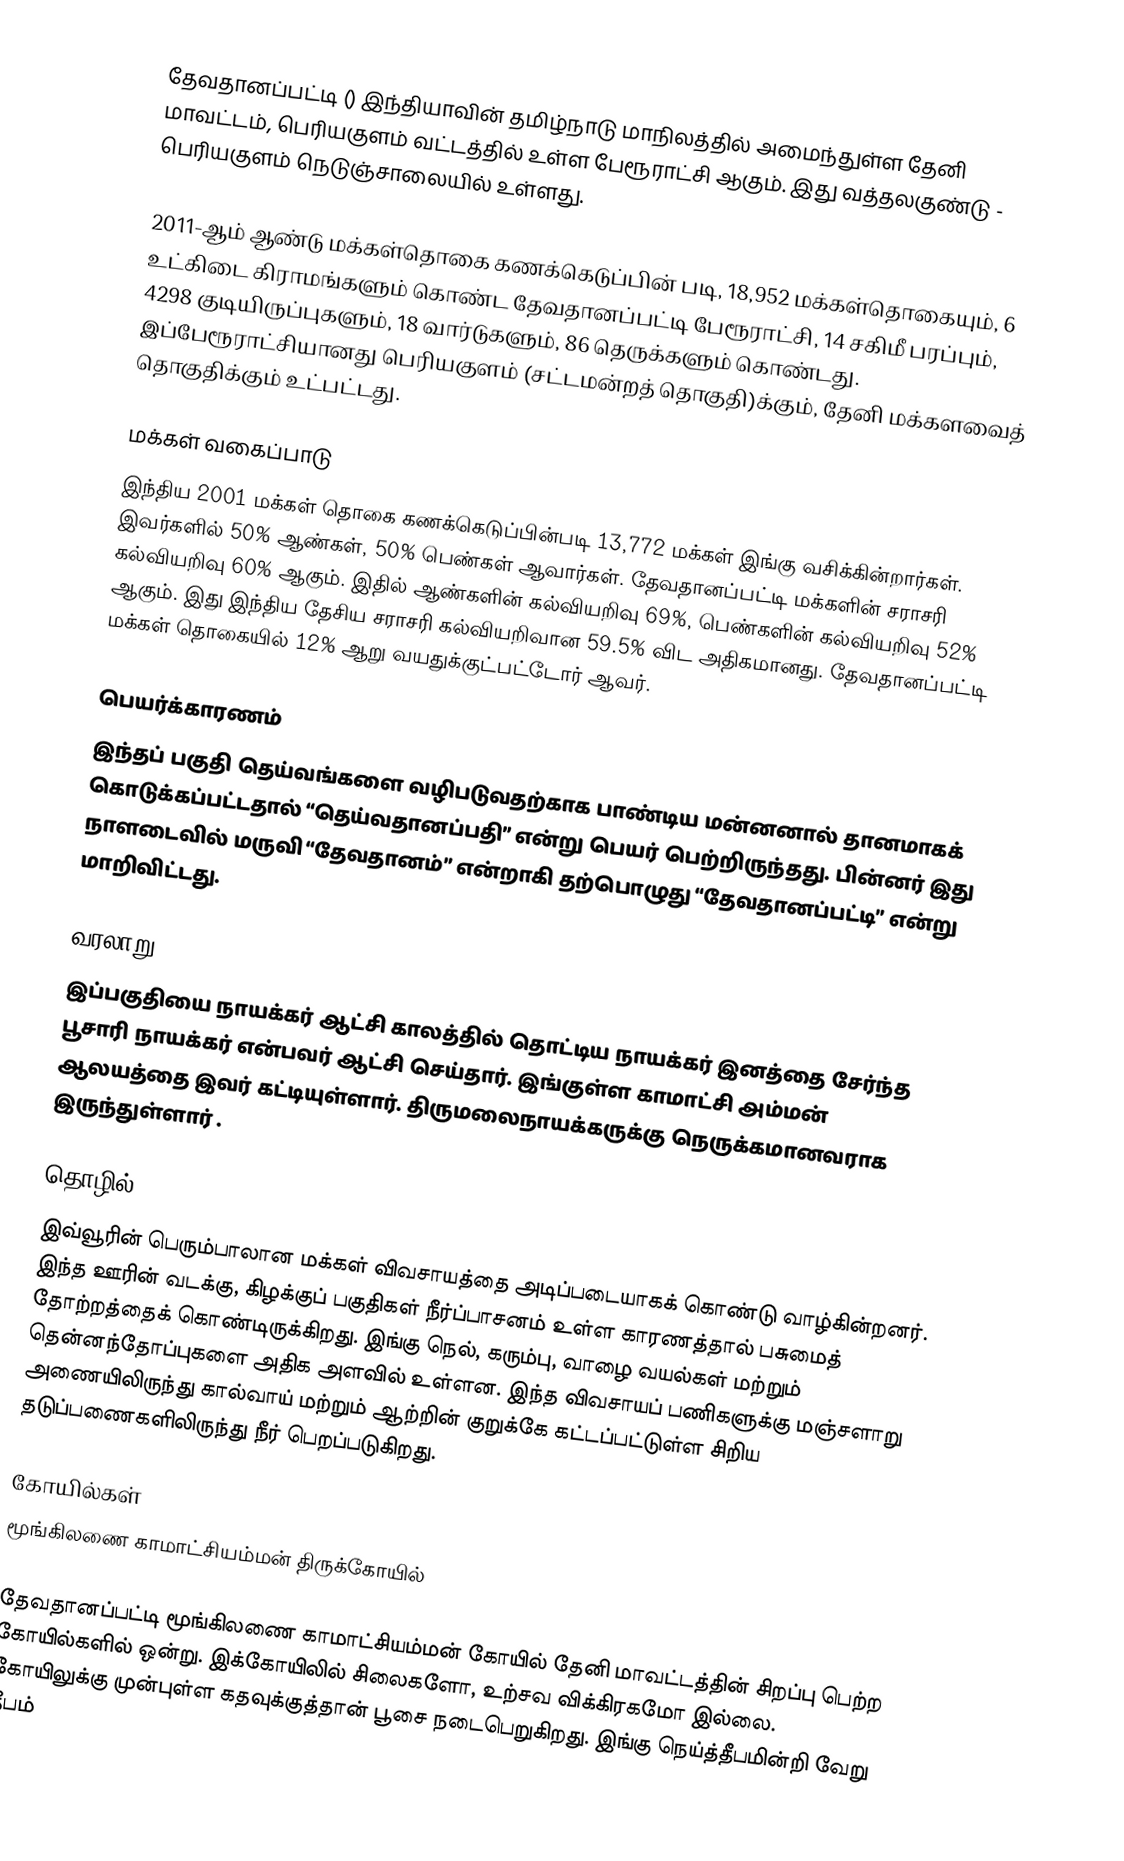
தேவதானப்பட்டி () இந்தியாவின் தமிழ்நாடு மாநிலத்தில் அமைந்துள்ள தேனி மாவட்டம், பெரியகுளம் வட்டத்தில் உள்ள பேரூராட்சி ஆகும். இது வத்தலகுண்டு - பெரியகுளம் நெடுஞ்சாலையில் உள்ளது.

2011-ஆம் ஆண்டு மக்கள்தொகை கணக்கெடுப்பின் படி, 18,952 மக்கள்தொகையும், 6 உட்கிடை கிராமங்களும் கொண்ட தேவதானப்பட்டி பேரூராட்சி, 14 சகிமீ பரப்பும், 4298 குடியிருப்புகளும், 18 வார்டுகளும், 86 தெருக்களும் கொண்டது. இப்பேரூராட்சியானது பெரியகுளம் (சட்டமன்றத் தொகுதி)க்கும், தேனி மக்களவைத் தொகுதிக்கும் உட்பட்டது.

மக்கள் வகைப்பாடு
இந்திய 2001 மக்கள் தொகை கணக்கெடுப்பின்படி 13,772 மக்கள் இங்கு வசிக்கின்றார்கள். இவர்களில் 50% ஆண்கள், 50% பெண்கள் ஆவார்கள். தேவதானப்பட்டி மக்களின் சராசரி கல்வியறிவு 60% ஆகும். இதில் ஆண்களின் கல்வியறிவு 69%, பெண்களின் கல்வியறிவு 52% ஆகும். இது இந்திய தேசிய சராசரி கல்வியறிவான 59.5% விட அதிகமானது. தேவதானப்பட்டி மக்கள் தொகையில் 12% ஆறு வயதுக்குட்பட்டோர் ஆவர்.

பெயர்க்காரணம்
இந்தப் பகுதி தெய்வங்களை வழிபடுவதற்காக பாண்டிய மன்னனால் தானமாகக் கொடுக்கப்பட்டதால் “தெய்வதானப்பதி” என்று பெயர் பெற்றிருந்தது. பின்னர் இது நாளடைவில் மருவி “தேவதானம்” என்றாகி தற்பொழுது “தேவதானப்பட்டி” என்று மாறிவிட்டது.

வரலாறு
இப்பகுதியை நாயக்கர் ஆட்சி காலத்தில் தொட்டிய நாயக்கர்  இனத்தை சேர்ந்த பூசாரி நாயக்கர்  என்பவர் ஆட்சி செய்தார். இங்குள்ள காமாட்சி அம்மன் ஆலயத்தை இவர் கட்டியுள்ளார்.  திருமலைநாயக்கருக்கு நெருக்கமானவராக இருந்துள்ளார் .

தொழில்
இவ்வூரின் பெரும்பாலான மக்கள் விவசாயத்தை அடிப்படையாகக் கொண்டு வாழ்கின்றனர். இந்த ஊரின் வடக்கு, கிழக்குப் பகுதிகள் நீர்ப்பாசனம் உள்ள காரணத்தால் பசுமைத் தோற்றத்தைக் கொண்டிருக்கிறது. இங்கு நெல், கரும்பு, வாழை வயல்கள் மற்றும் தென்னந்தோப்புகளை அதிக அளவில் உள்ளன. இந்த விவசாயப் பணிகளுக்கு மஞ்சளாறு அணையிலிருந்து கால்வாய் மற்றும் ஆற்றின் குறுக்கே கட்டப்பட்டுள்ள சிறிய தடுப்பணைகளிலிருந்து நீர் பெறப்படுகிறது.

கோயில்கள்
 மூங்கிலணை காமாட்சியம்மன் திருக்கோயில்

தேவதானப்பட்டி மூங்கிலணை காமாட்சியம்மன் கோயில் தேனி மாவட்டத்தின் சிறப்பு பெற்ற கோயில்களில் ஒன்று. இக்கோயிலில் சிலைகளோ, உற்சவ விக்கிரகமோ இல்லை. கோயிலுக்கு முன்புள்ள கதவுக்குத்தான் பூசை நடைபெறுகிறது. இங்கு நெய்த்தீபமின்றி வேறு தீபம்